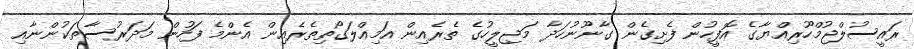
ރައީސުލްޖުމްހޫރިއްޔާގެ އޮފީހުން ފެށިގެން ގާނޫނުހަދާ މަޖިލީހުގެ ތެރެއިން އަމިއްލަގޯތިތެރެއިން އެންމެ ފަހުން މަދަރުސާތަކުންނާއި